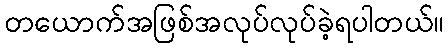
တယောက်အဖြစ်အလုပ်လုပ်ခဲ့ရပါတယ်။